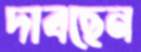
দাবছেন